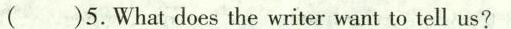
()5. What does the writer want to tell us?